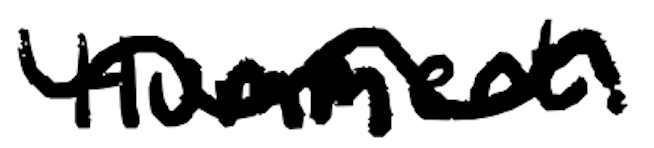
Text: Hummert.
Cross-out: wave
Writing tool: digital_black